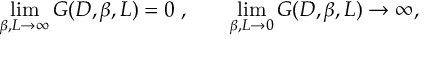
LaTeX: \operatorname * { l i m } _ { \beta , L \rightarrow \infty } G ( D , \beta , L ) = 0 \; , \; \; \; \; \; \; \; \operatorname * { l i m } _ { \beta , L \rightarrow 0 } G ( D , \beta , L ) \rightarrow \infty ,